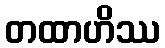
တထာဟိဿ